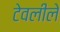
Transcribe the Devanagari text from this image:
टेवलीले